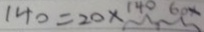
1 4 0 = 2 0 \times 1 4 0 6 0 x